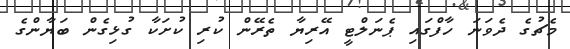
މެޗުގެ ދެވަނަ ހާފްގައި ޕެނަލްޓީ އޭރިޔާ ތެރޭން ކުރި ކުށަކާ ގުޅިގެން ބަޔާންގެ